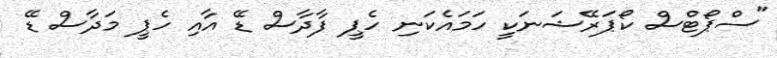
"ސްޕޯޓްސް ކޯޕަރޭޝަނަކީ ހަމައެކަނި ހެޕީ ފާދާސް ޑޭ އާއި ހެޕީ މަދާސް ޑޭ